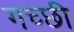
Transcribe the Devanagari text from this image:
गच्छी